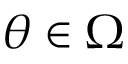
\theta \in \Omega